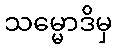
သမ္မောဒိမှ